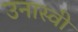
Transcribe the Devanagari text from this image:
उनास्वी